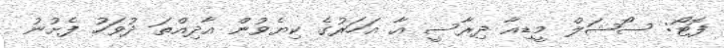
ފޮޓޯ: ސޯޝަލް މީޑިއާ ދިރާސީ އާ އަހަރުގެ ކިޔެވުން އާދިއްތަ ދުވަހު ފެށުނު